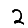
Digit: 2